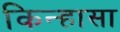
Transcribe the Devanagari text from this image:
किन्हासा